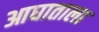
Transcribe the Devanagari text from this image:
आघाताला